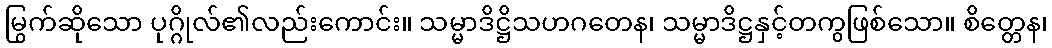
မြွက်ဆိုသော ပုဂ္ဂိုလ်၏လည်းကောင်း။ သမ္မာဒိဋ္ဌိသဟဂတေန၊ သမ္မာဒိဋ္ဌနှင့်တကွဖြစ်သော။ စိတ္တေန၊